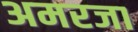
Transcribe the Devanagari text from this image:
अमरजा